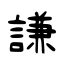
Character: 謙